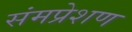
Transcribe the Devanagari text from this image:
संमप्रेशण